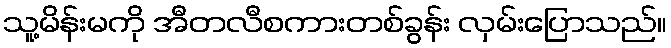
သူ့မိန်းမကို အီတလီစကားတစ်ခွန်း လှမ်းပြောသည်။